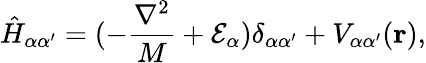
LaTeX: \hat{H}_{\alpha\alpha^{\prime}}=(-\frac{\nabla^{2}}{M}+\mathcal{E}_{\alpha})\delta_{\alpha\alpha^{\prime}}+V_{\alpha\alpha^{\prime}}({\mathbf{r}}),